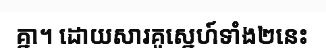
គ្នា។ ដោយសារគូស្នេហ៍ទាំង២នេះ